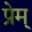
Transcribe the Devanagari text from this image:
प्रेम्